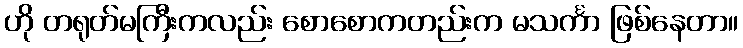
ဟို တရုတ်မကြီးကလည်း စောစောကတည်းက မသင်္ကာ ဖြစ်နေတာ။